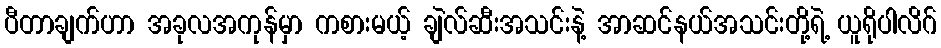
ပီတာချက်ဟာ အခုလအကုန်မှာ ကစားမယ့် ချဲလ်ဆီးအသင်းနဲ့ အာဆင်နယ်အသင်းတို့ရဲ့ ယူရိုပါလိဂ်